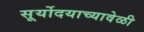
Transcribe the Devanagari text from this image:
सूर्योदयाच्यावेळी